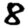
Digit: 8